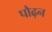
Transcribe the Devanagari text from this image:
पौढ़न